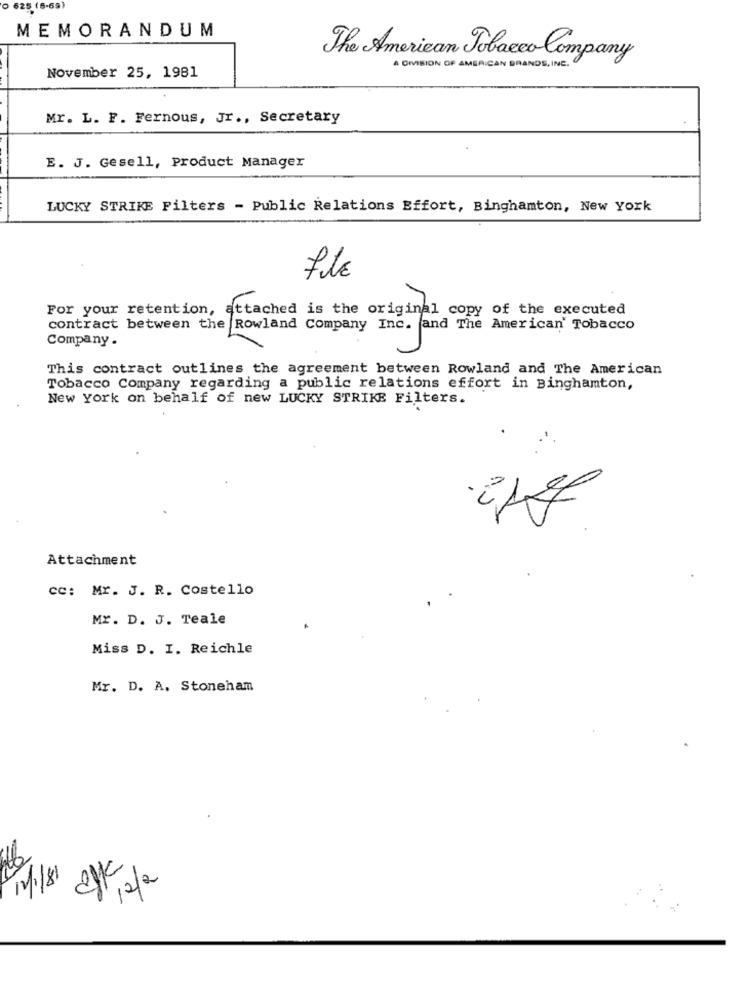
0 625 (6-69)
MEMORANDUM
The American Tobacco Company
A DIVISION OF AMERICAN BRANDS, INC.
November 25, 1981
Mr. L. F. Fernous, Jr ., Secretary
E. J. Gesell, product Manager
LUCKY STRIKE Filters - Public Relations Effort, Binghamton, New York
file
For your retention, attached is the original copy of the executed
contract between the Rowland Company Inc. and The American Tobacco
Company .
This contract outlines the agreement between Rowland and The American
Tobacco Company regarding a public relations effort in Binghamton,
New York on behalf of new LUCKY STRIKE Filters.
Attachment
cc: Mr. J. R. Costello
MY. D. J. Teale
Miss D. I. Reichle
Mr. D. A. Stoneham
11/1/81